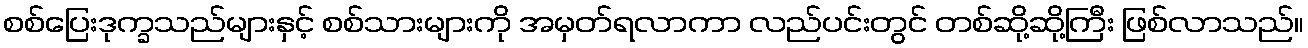
စစ်ပြေးဒုက္ခသည်များနှင့် စစ်သားများကို အမှတ်ရလာကာ လည်ပင်းတွင် တစ်ဆို့ဆို့ကြီး ဖြစ်လာသည်။